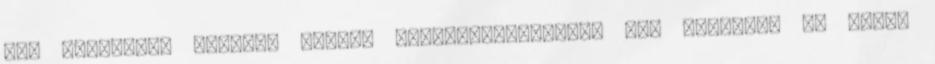
egy földrajzi helyhez kötõdõ szolgáltatásokat. Így továbbra is Kandó